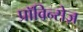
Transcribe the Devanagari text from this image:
प्राॅविन्सेज़